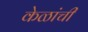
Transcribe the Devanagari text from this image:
केळांची